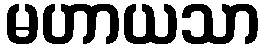
မဟာယသာ